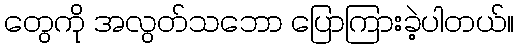
တွေကို အလွတ်သဘော ပြောကြားခဲ့ပါတယ်။